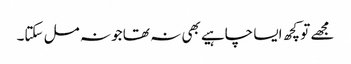
مجھے تو کچھ ایسا چاہیے بھی نہ تھا جو نہ مل سکتا۔